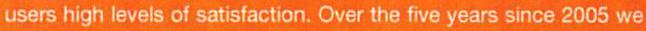
users high levels of satisfaction. Over the five years since 2005 we